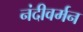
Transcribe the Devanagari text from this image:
नंदीवर्मन